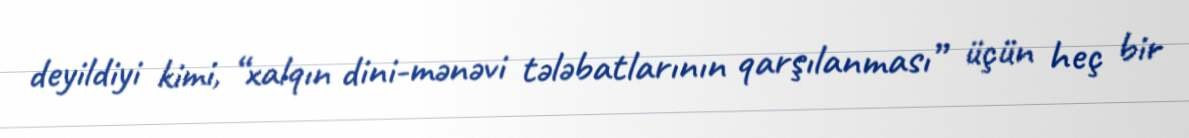
deyildiyi kimi, “xalqın dini-mənəvi tələbatlarının qarşılanması” üçün heç bir